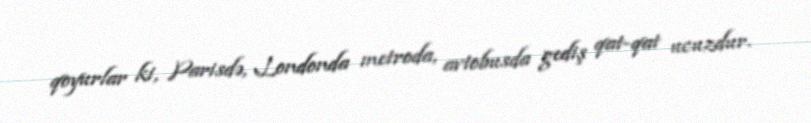
qoyurlar ki, Parisdə, Londonda metroda, avtobusda gediş qat-qat ucuzdur.